King Institute of Preventive Medicine Bacteriolog. Section reports 1907-08
Year: 1907
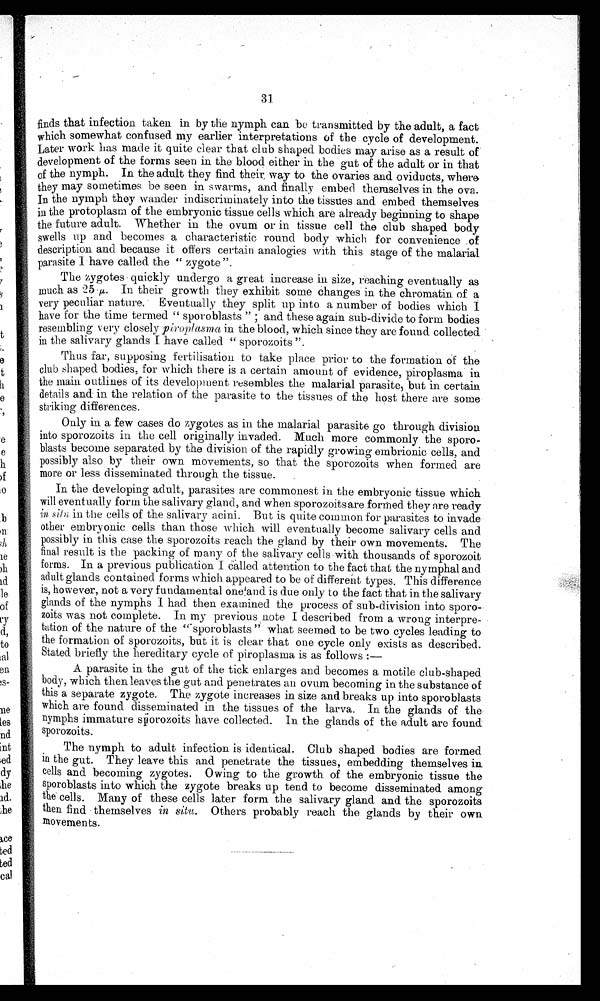
finds that infection taken in by the nymph can be transmitted by the adult, a fact
which somewhat confused my earlier interpretations of the cycle of development.
Later work has made it quite clear that club shaped bodies may arise as a result
development of the forms seen in the blood either in the gut of the adult or in that
of the nymph. In the adult they find their way to the ovaries and oviducts, where
they may sometimes be seen in swarms, and finally embed themselves in the ova.
In the nymph they wander indiscriminately into the tissues and embed themselves
in the protoplasm of the embryonic tissue cells which are already beginning to shape
the future adult. Whether in the ovum or in tissue cell the club shaped body
swells up and becomes a characteristic round body which for convenience of
description and because it offers certain analogies with this stage of the malarial
parasite I have called the " zygote ".
The zygotes quickly undergo a great increase in size, reaching eventually as
much as 25μ . I n t h e i r g r o w t h t h e y e x h i b i t s o m e c h a n g e s i n t h e c h r o m a t i n o f a
very peculiar nature. Eventually they split up into a number of bodies which I
have for the time termed " sporoblasts " and these again sub-divide to form bodies
resembling very closely piroplasma in the blood, which since they are found collected
in the salivary glands I have called "sporozoits".
Thus far, supposing fertilisation to take place prior to the formation of the
club shaped bodies, for which there is a certain amount of evidence, piroplasma in
the main outlines of its development resembles the malarial parasite, but in certain
details and in the relation of the parasite to the tissues of the host there are some
striking differences.
Only in a few cases do zygotes as in the malarial parasite go through division
into sporozoits in the cell originally invaded. Much more commonly the sporo-
blasts become separated by the division of the rapidly growing embrionic cells, and
possibly also by their own movements, so that the sporozoits when formed are
more or less disseminated through the tissue.
In the developing adult, parasites are commonest in the embryonic tissue which
will eventually form the salivary gland, and when sporozoits are formed they are ready in sitn
in the cells of the salivary acini. But is quite common for parasites to invade
other embryonic cells than those which will eventually become salivary cells and
possibly in this case the sporozoits reach the gland by their own movements. The
final result is the packing of many of the salivary cells with thousands of sporozoit
forms. In a previous publication I called attention to the fact that the nymphal and
adult glands contained forms which appeared to be of different types, This difference
is, however, not a very fundamental one and is due only to the fact that in the salivary
glands of the nymphs I had then examined the process of sub-division into sporo-
zoits was not complete. In my previous note I described from a wrong interpre-
tation of the nature of the " sporoblasts " what seemed to be two cycles leading to
the formation of sporozoits, but it is clear that one cycle only exists as described.
Stated briefly the hereditary cycle of piroplasma is as follows:—
A parasite in the gut of the tick enlarges and becomes a motile club-shaped
body, which then leaves the gut and penetrates an ovum becoming in the substance of
this a separate zygote. The zygote increases in size and breaks up into sporoblasts
which are found disseminated in the tissues of the larva. In the glands of the
nymphs immature sporozoits have collected. In the glands of the adult are found
sporozoits.
The nymph to adult infection is identical. Club shaped bodies are formed
in the gut. They leave this and penetrate the tissues, embedding themselves in
cells and becomin
g
zygotes. Owing to the growth of the embryonic tissue the
sporoblasts into which the zygote breaks up tend to become disseminated among
the cells. Many of these cells later form the salivary gland and the sporozoits
then find themselves in situ. Others probably reach the glands by their own
movements.